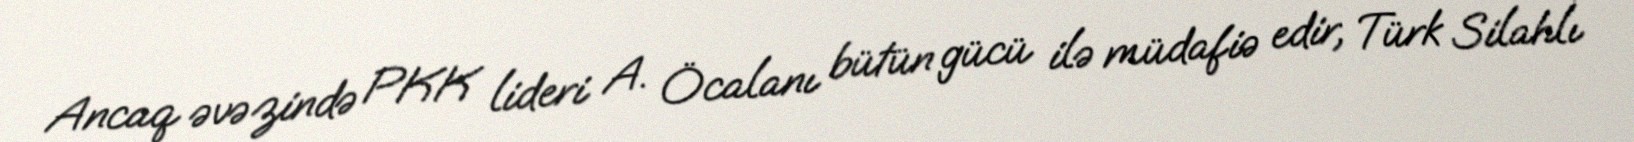
Ancaq əvəzində PKK lideri A. Öcalanı bütün gücü ilə müdafiə edir, Türk Silahlı